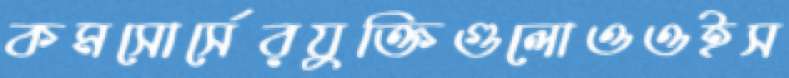
কমসোর্সেরযুক্তিগুলোওওইস